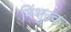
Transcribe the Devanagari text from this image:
निंशुल्क